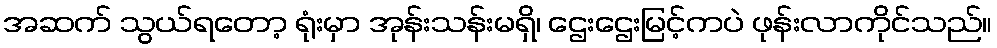
အဆက် သွယ်ရတော့ ရုံးမှာ အုန်းသန်းမရှိ၊ ဌေးဌေးမြင့်ကပဲ ဖုန်းလာကိုင်သည်။